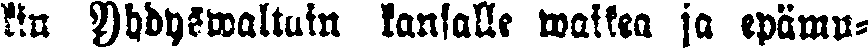
kin Yhdyswaltain kansalle waikea ja epämu-